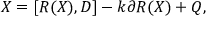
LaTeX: X = [ R ( X ) , D ] - k \partial R ( X ) + Q ,